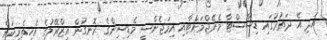
އަދި އެ ދަތުރުގައި ޑިސާސްޓާ މެނޭޖްމަންޓާއި އިމަޖެންސީ މެޑިސިންގެ ރޮނގުން އިޒްރޭލުގެ އެހީތެރިކަން